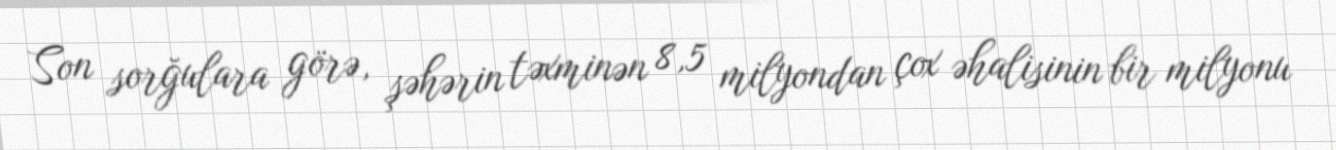
Son sorğulara görə, şəhərin təxminən 8,5 milyondan çox əhalisinin bir milyonu